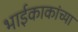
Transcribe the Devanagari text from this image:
भाईकाकांच्या